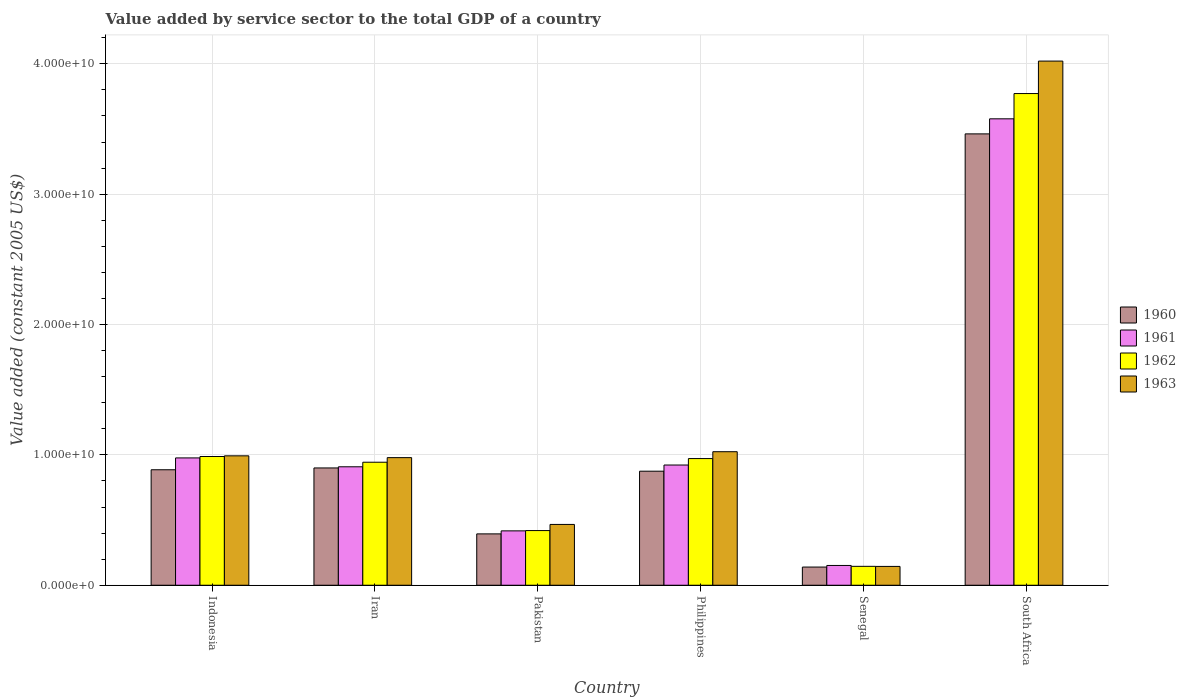
| Country | 1960 | 1961 | 1962 | 1963 |
 | --- | --- | --- | --- | --- |
 | Indonesia | 8.86e+09 | 9.77e+09 | 9.88e+09 | 9.93e+09 |
 | Iran | 9e+09 | 9.09e+09 | 9.44e+09 | 9.79e+09 |
 | Pakistan | 3.94e+09 | 4.17e+09 | 4.19e+09 | 4.66e+09 |
 | Philippines | 8.75e+09 | 9.22e+09 | 9.72e+09 | 1.02e+10 |
 | Senegal | 1.39e+09 | 1.52e+09 | 1.45e+09 | 1.44e+09 |
 | South Africa | 3.46e+10 | 3.58e+10 | 3.77e+10 | 4.02e+10 |